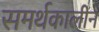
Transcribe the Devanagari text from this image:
समर्थकालीन